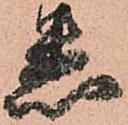
悉